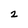
Character: 2